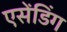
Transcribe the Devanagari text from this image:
एसेंडिंग